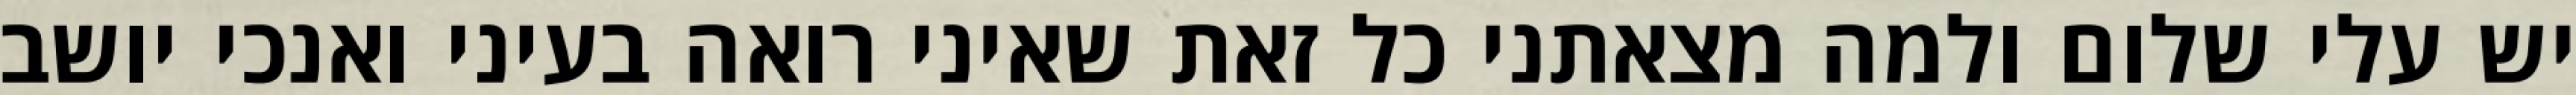
יש עלי שלום ולמה מצאתני כל זאת שאיני רואה בעיני ואנכי יושב